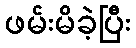
ဖမ်းမိခဲ့ပြီး